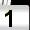
Digit: 1